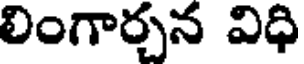
లింగార్చన విధి